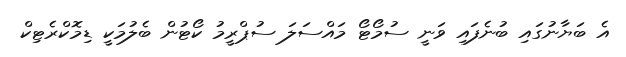
އެ ބަޔާނުގައި ބުނެފައި ވަނީ ސުމޯޓޯ މައްސަލަ ސުޕްރީމު ކޯޓުން ބެލުމަކީ ޑިމޮކްރެޓިކް